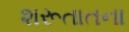
શરૂતાતના